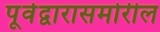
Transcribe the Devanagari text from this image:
पूर्वद्वारासमोरील